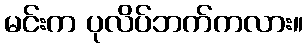
မင်းက ပုလိပ်ဘက်ကလား။